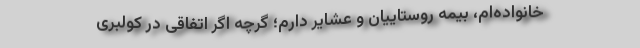
خانواده‌ام، بیمه روستاییان و عشایر دارم؛ گرچه اگر اتفاقی در کولبری